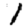
Digit: 1